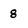
Character: 8